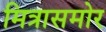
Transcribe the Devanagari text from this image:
मित्रासमोर